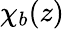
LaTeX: \chi_{b}(z)